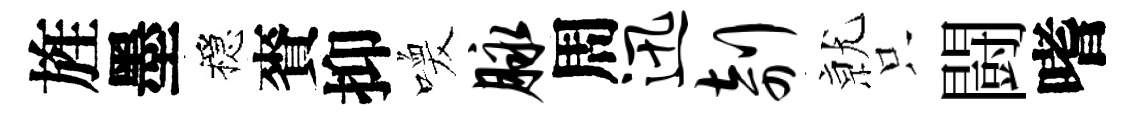
旌墨穩賚抑喚脉周迅剞𭕒只闘嗜